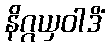
နိဂ္ဂယှဝါဒိံ